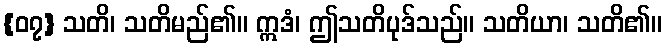
{၀၇} သတိ၊ သတိမည်၏။ ဣဒံ၊ ဤသတိပုဒ်သည်။ သတိယာ၊ သတိ၏။